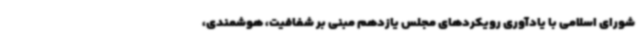
شورای اسلامی با یادآوری رویکردهای مجلس یازدهم مبنی بر شفافیت، هوشمندی،